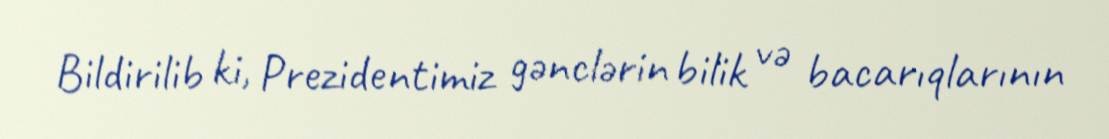
Bildirilib ki, Prezidentimiz gənclərin bilik və bacarıqlarının